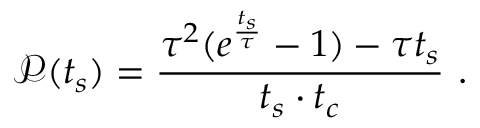
\mathscr { P } ( t _ { s } ) = \frac { \tau ^ { 2 } ( e ^ { \frac { t _ { s } } { \tau } } - 1 ) - \tau t _ { s } } { t _ { s } \cdot t _ { c } } ~ .